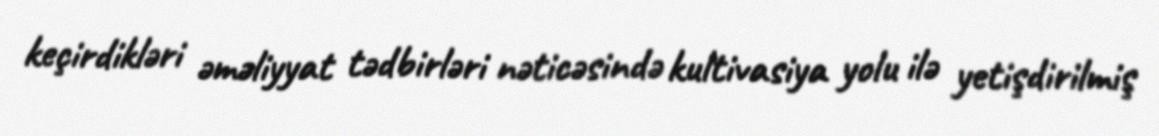
keçirdikləri əməliyyat tədbirləri nəticəsində kultivasiya yolu ilə yetişdirilmiş